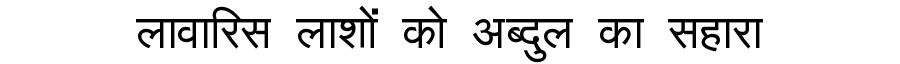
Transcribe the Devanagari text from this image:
लावारिस लाशों को अब्दुल का सहारा